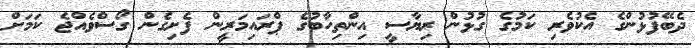
ދެބޭފުޅުންގެ އެކުވެރި ކަމުގެ ގުޅުން ރިޔާސީ އިންތިހާބުގެ ޕްރައިމަރީން ފެށިގެން ގޯސްވެއްޖެ ކަމަށް